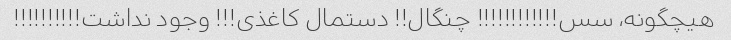
هیچگونه، سس!!!!!!!!!!!! چنگال!! دستمال کاغذى!!! وجود نداشت!!!!!!!!!!